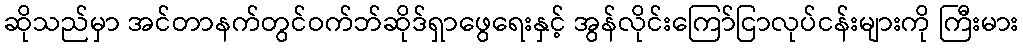
ဆိုသည်မှာ အင်တာနက်တွင်ဝက်ဘ်ဆိုဒ်ရှာဖွေရေးနှင့် အွန်လိုင်းကြော်ငြာလုပ်ငန်းများကို ကြီးမား